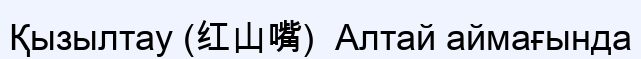
Қызылтау (红山嘴)  Алтай аймағында